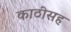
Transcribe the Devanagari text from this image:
काठीसह